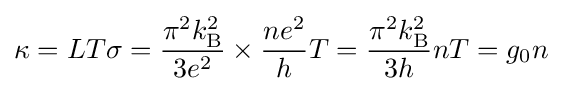
\kappa =LT\sigma ={\pi ^{2}k_{\rm {B}}^{2} \over 3e^{2}}\times {ne^{2} \over h}T={\pi ^{2}k_{\rm {B}}^{2} \over 3h}nT=g_{0}n